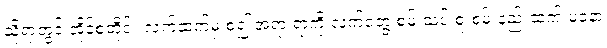
သို့ရာတွင် အိုင်စတိုင်း လက်ထက်မှ စ၍ အရာ ရာကို လက်တွေ့ စမ်းသပ် စူးစမ်းနည်းထက် မနော